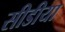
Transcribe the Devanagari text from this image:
सीडीया